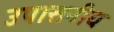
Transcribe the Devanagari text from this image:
उपासनीय